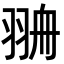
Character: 𦐷